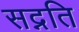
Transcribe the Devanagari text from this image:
सद्नति